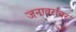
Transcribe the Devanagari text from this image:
जनावरांवर